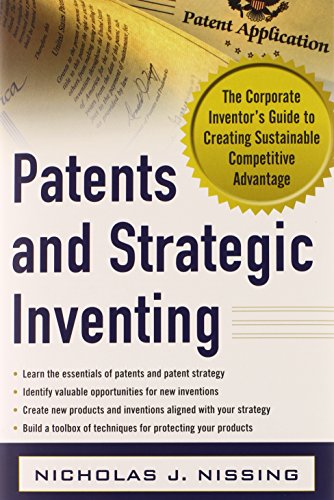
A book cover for Patents and Strategic Inventing: The Corporate Inventor's Guide to Creating Sustainable Competitive Advantage; Nicholas Nissing; Business & Money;